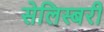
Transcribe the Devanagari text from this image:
सेलिस्बरी